Leaving Certificate Examination, 1911
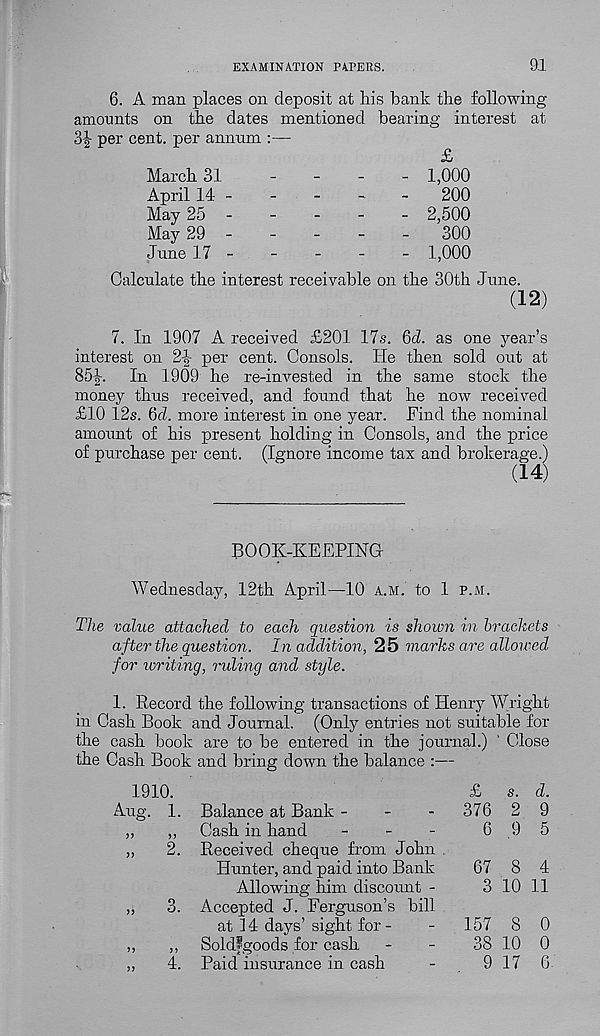
EXAMINATION PAPERS.
9.1
6. A man places on deposit at his bank the following
amounts on the dates mentioned bearing interest at
SJ per cent, per annum :—
£
March 31
-
-
-
- 1,000
April 14 -
-
-
-
-
200
May 25
2,500
May 29 -
-
-
-
-
300
June 17 -
-
-
-
- 1,000
Calculate the interest receivable on the 30th June.
(12)
7. In 1907 A received £201 17s. 6d. as one year’s
interest on 2-|- per cent. Consols. He then sold out at
85|-.
In 1909 he re-invested in the same stock the
money thus received, and found that he now received
£10 12s. 6d. more interest in one year. Find the nominal
amount of his present holding in Consols, and the price
of purchase per cent. (Ignore income tax and brokerage.)
(14)
BOOK-KEEPING
Wednesday, 12th April—10 A.M. to 1 p.m.
The value attached to each question is shown in brackets
after the question. In addition, 25 marks are allowed
for writing, ruling and style.
1. Record the following transactions of Henry Wright
in Cash Book and Journal. (Only entries not suitable for
the cash book are to be entered in the journal.) ' Close
the Cash Book and bring down the balance :—
1910.
£
s. d.
Aug. 1. Balance at Bank -
-
-
37629
„
„ Cash in hand
-
-
-
6 9 5
,,
2. Received cheque from John
Hunter, and paid into Bank
67 8 4
Allowing him discount -
3 10 11
,,
3. Accepted J. Ferguson’s bill
at 14 days’ sight for-
-
157 8 0
,,
,, Soldfgoods for cash
-
-
38 10 0
,,
4. Paid insurance in cash
-
9 17 6